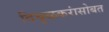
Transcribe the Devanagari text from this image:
दिघुळकरांसोबत